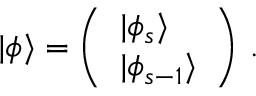
| \phi \rangle = \left( \begin{array} { l } { { | \phi _ { s } \rangle } } \\ { { | \phi _ { s - 1 } \rangle } } \end{array} \right) \, .